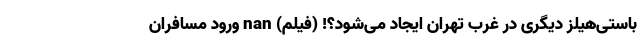
باستی‌هیلز دیگری در غرب تهران ایجاد می‌شود؟! (فیلم) nan ورود مسافران